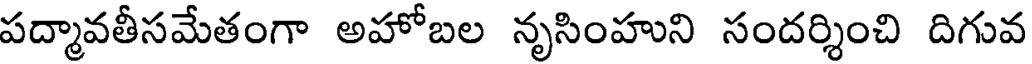
పద్మావతీసమేతంగా అహోబల నృసింహుని సందర్శించి దిగువ